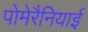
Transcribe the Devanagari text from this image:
पोमेरैनियाई